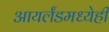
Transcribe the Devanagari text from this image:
आयर्लंडमध्येही